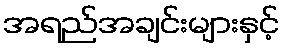
အရည်အချင်းများနှင့်